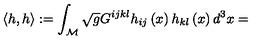
\left\langle h , h \right\rangle : = \int _ { { \cal M } } \sqrt { g } G ^ { i j k l } h _ { i j } \left( x \right) h _ { k l } \left( x \right) d ^ { 3 } x =